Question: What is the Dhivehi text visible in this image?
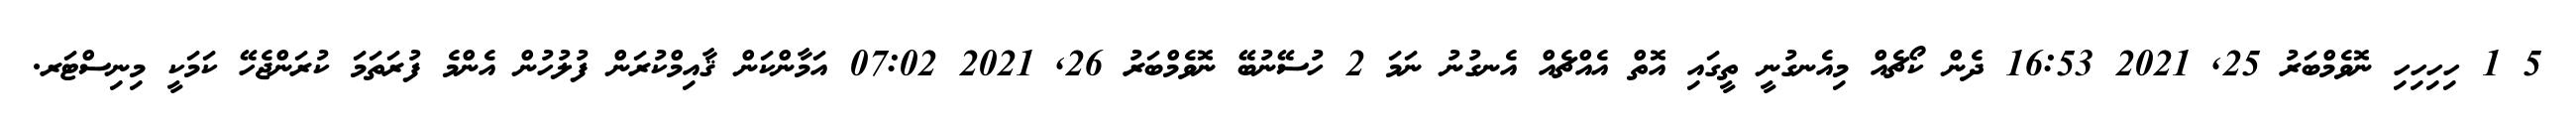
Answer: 5 1 ހިހިހިހި ނޮވެމްބަރު 25, 2021 16:53 ދެން ކޯޗެއް މިއެނގުނީ ތީގައި އޮތް އެއްޗެއް އެނގުނު ނަމަ 2 ހުސޭނުބޭ ނޮވެމްބަރު 26, 2021 07:02 އަމާންކަން ޤާއިމްކުރަން ފުލުހުން އެންމެ ފުރަތަމަ ކުރަންޖެހޭ ކަމަކީ މިނިސްޓަރ.